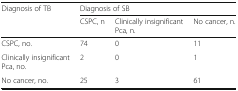
<table><thead><tr><td rowspan="2"><b>Diagnosis of TB</b></td><td colspan="3"><b>Diagnosis of SB</b></td></tr><tr><td><b>CSPC, n</b></td><td><b>Clinically insignificant Pca, n.</b></td><td><b>No cancer, n.</b></td></tr></thead><tbody><tr><td>CSPC, no.</td><td>74</td><td>0</td><td>11</td></tr><tr><td>Clinically insignificant Pca, no.</td><td>2</td><td>0</td><td>1</td></tr><tr><td>No cancer, no.</td><td>25</td><td>3</td><td>61</td></tr></tbody></table>